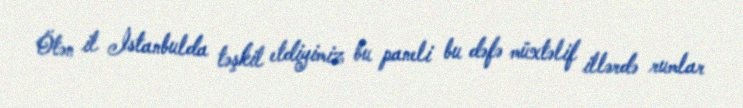
Ötən il İstanbulda təşkil etdiyimiz bu paneli bu dəfə müxtəlif illərdə rumlar